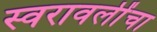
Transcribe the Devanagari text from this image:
स्वरावलींचा